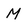
Character: M